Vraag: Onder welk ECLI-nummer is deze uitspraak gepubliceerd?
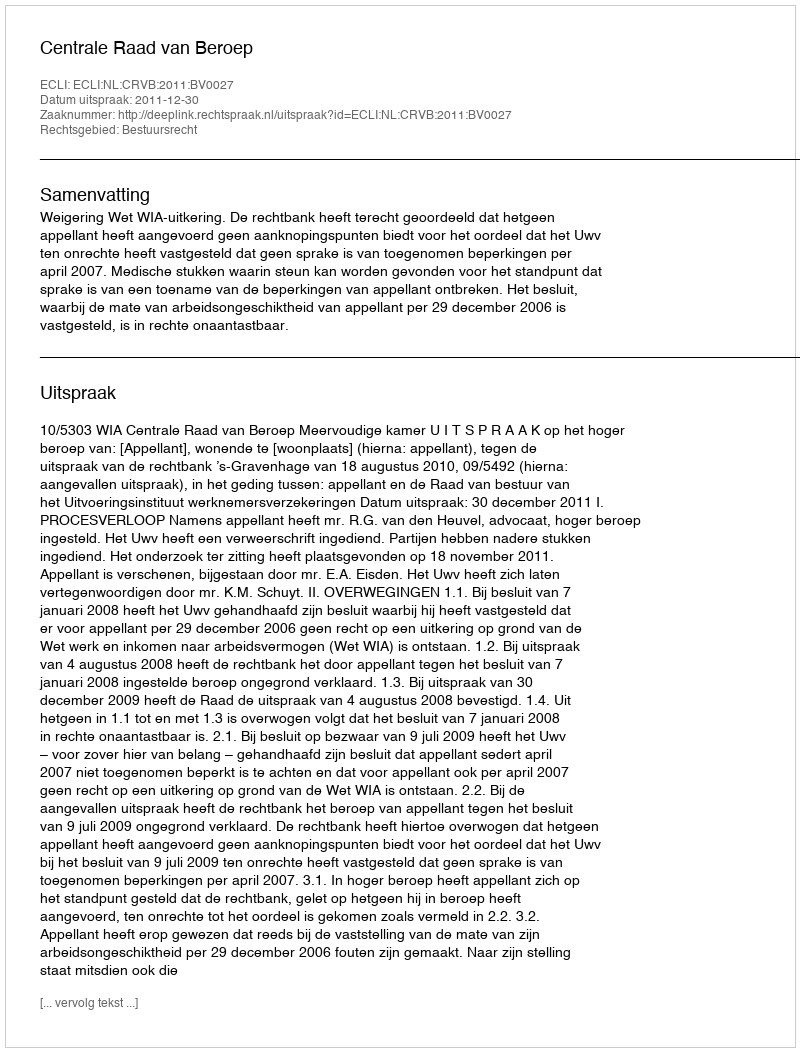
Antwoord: ECLI:NL:CRVB:2011:BV0027